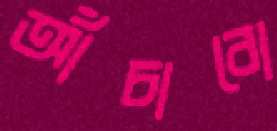
আঁচাবো